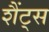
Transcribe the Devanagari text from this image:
शैंट्स